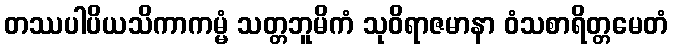
တဿပါပိယသိကာကမ္မံ သတ္တဘူမိကံ သုဝိရာဇမာနာ ဝံသစာရိတ္တမေတံ